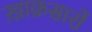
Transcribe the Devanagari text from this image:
ख़ाक़सारों